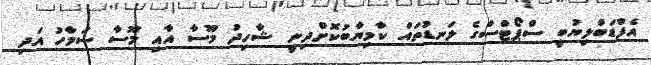
އެފްޑަބްލިޔުބީ ސްޕޯޓްސްގެ ލަނޑުތައް ކާމިޔާބުކޮށްދިނީ ޝާހިދު މޫސާ އާއި މޫސާ ސަމާހު އަދި